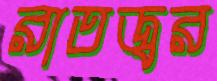
রাতজ্বর